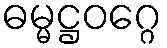
ဓမ္မဋ္ဌဝဂ္ဂေ